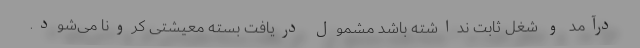
درآمد و شغل ثابت نداشته باشد مشمول دریافت بسته معیشتی کرونا می‌شود.